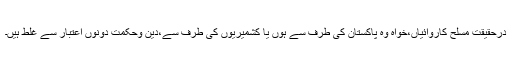
درحقیقت مسلح کاروائیاں،خواہ وہ پاکستان کی طرف سے ہوں یا کشمیریوں کی طرف سے،دین وحکمت دونوں اعتبار سے غلط ہیں۔